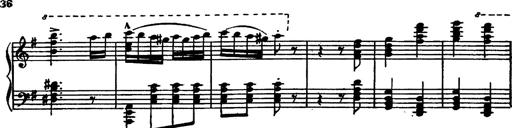
Title: Magyar rapszÃ³diÃ¡k
Composer: Franz Liszt